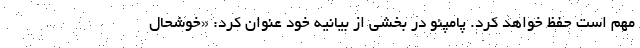
مهم است حفظ خواهد کرد. پامپئو در بخشی از بیانیه خود عنوان کرد: «خوشحال